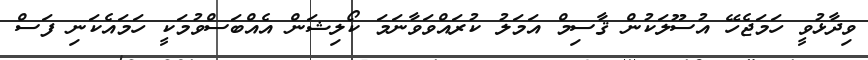
ވިދާޅުވީ ހަމަޖެހޭ އުސޫލަކުން ޤާސިމް އަމަލު ކުރައްވަވާނަމަ ކޯލިޝަން އެއްބަސްވުމަކީ ހަމައެކަނި ފަސް